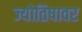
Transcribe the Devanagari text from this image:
ज्योतिषावर